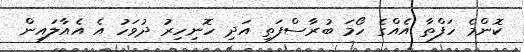
ކޮންމެ ހަފްތާ އެއްގެ ހޯމަ ބުރާސްފަތި އަދި ހޮނިހިރު ދުވަހު އެ އެއާލައިން